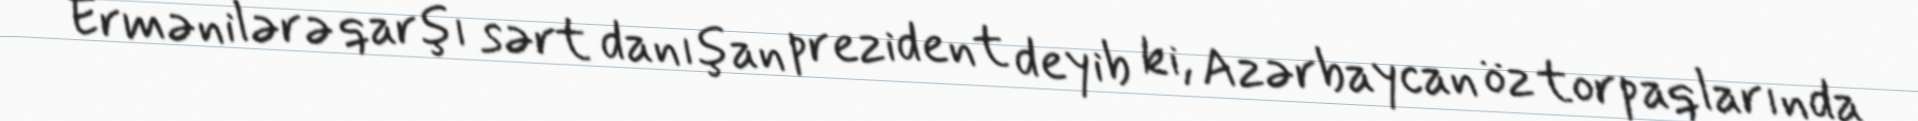
Ermənilərə qarşı sərt danışan prezident deyib ki, Azərbaycan öz torpaqlarında